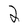
Character: 2